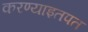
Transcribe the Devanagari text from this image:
करण्याइतपत